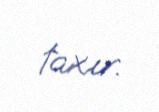
taxır.